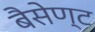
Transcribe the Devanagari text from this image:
बैसेण्ट